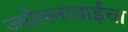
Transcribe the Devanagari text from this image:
ज्योत्स्नाबाईंचा